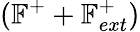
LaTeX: (\mathbb{F}^{+}+\mathbb{F}_{ext}^{+})